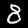
Digit: 8